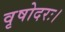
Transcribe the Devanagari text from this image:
वृषोदरः।